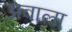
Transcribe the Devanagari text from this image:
अवाला